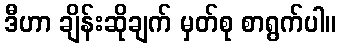
ဒီဟာ ချိန်းဆိုချက် မှတ်စု စာရွက်ပါ။